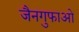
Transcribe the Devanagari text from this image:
जैनगुफाओं